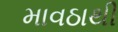
માવઠાથી